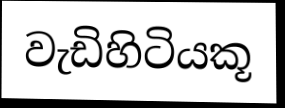
වැඩිහිටියකූ